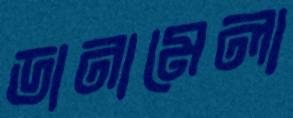
ডানামেলা